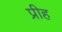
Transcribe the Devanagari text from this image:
प्रीह